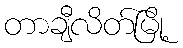
တာချီလိတ်မြို့